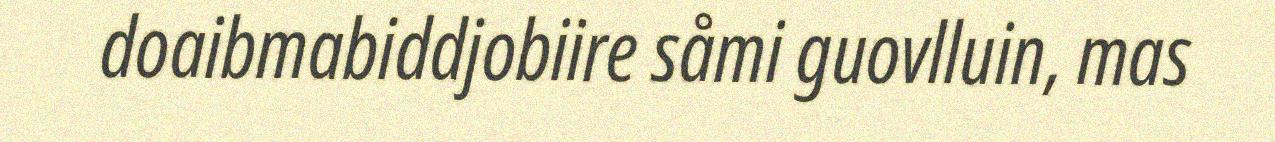
doaibmabiddjobiire såmi guovlluin, mas